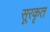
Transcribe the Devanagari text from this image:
सूरकृत